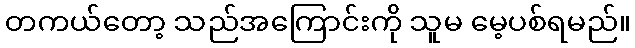
တကယ်တော့ သည်အကြောင်းကို သူမ မေ့ပစ်ရမည်။